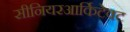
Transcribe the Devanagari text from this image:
सीनियरआर्किटेक्ट